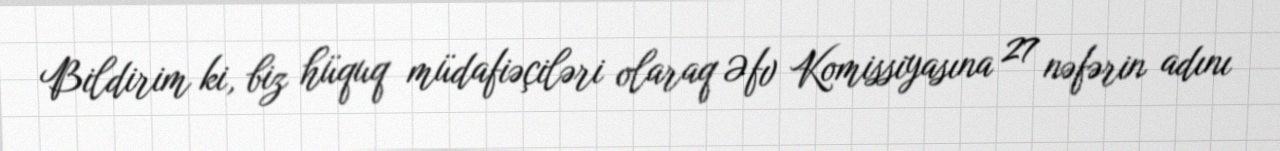
Bildirim ki, biz hüquq müdafiəçiləri olaraq Əfv Komissiyasına 27 nəfərin adını